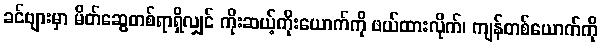
ခင်ဗျားမှာ မိတ်ဆွေတစ်ရာရှိလျှင် ကိုးဆယ့်ကိုးယောက်ကို ဖယ်ထားလိုက်၊ ကျန်တစ်ယောက်ကို